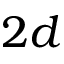
2 d